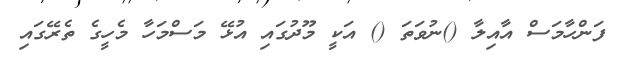
ފަންހާމަސް އާއިލާ ()ނުވަތަ () އަކީ މޫދުގައި އުޅޭ މަސްމަހާ މެހީގެ ތެރޭގައި